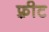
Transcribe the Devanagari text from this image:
फ़्रीट